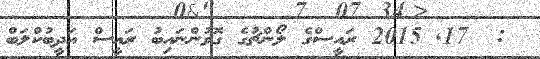
:  17